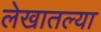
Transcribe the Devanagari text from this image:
लेखातल्या